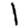
Digit: 1